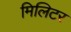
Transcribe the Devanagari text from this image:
मिलिटर